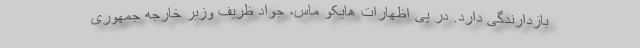
بازدارندگی دارد. در پی اظهارات هایکو ماس، جواد ظریف وزیر خارجه جمهوری